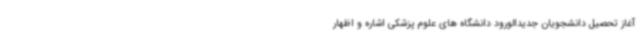
آغاز تحصیل دانشجویان جدیدالورود دانشگاه های علوم پزشکی اشاره و اظهار